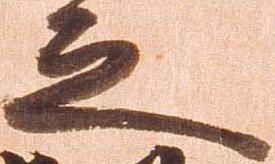
之